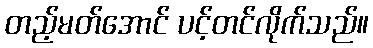
တည့်မတ်အောင် ပင့်တင်လိုက်သည်။